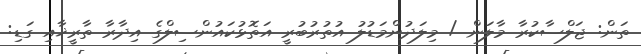
ތަން: ޖަލްސާކުރާ މާލަން / މިލަދުންމަޑުލު އުތުރުބުރީ އަތޮޅުކައުންސިލްގެ އިދާރާ ތާރީޚާއި ގަޑި: